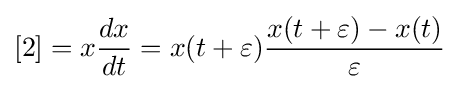
[2]=x{\frac {dx}{dt}}=x(t+\varepsilon ){\frac {x(t+\varepsilon )-x(t)}{\varepsilon }}